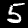
Digit: 5